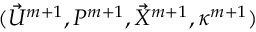
( \vec { U } ^ { m + 1 } , P ^ { m + 1 } , \vec { X } ^ { m + 1 } , \kappa ^ { m + 1 } )